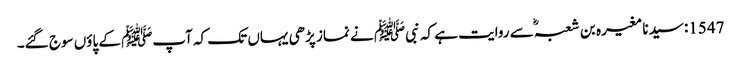
1547: سیدنا مغیرہ بن شعبہؓ سے روایت ہے کہ نبیﷺ نے نماز پڑھی یہاں تک کہ آپﷺ کے پاؤں سوج گئے۔